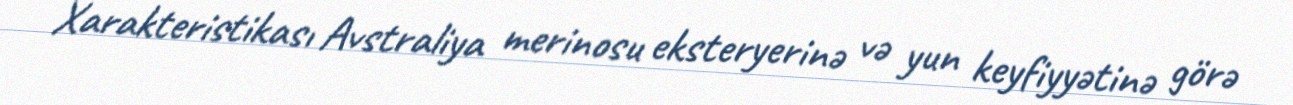
Xarakteristikası Avstraliya merinosu eksteryerinə və yun keyfiyyətinə görə